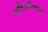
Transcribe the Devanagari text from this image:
अतिअभिव्यक्त